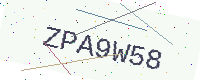
Text: ZPA9W58